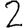
Digit: 2